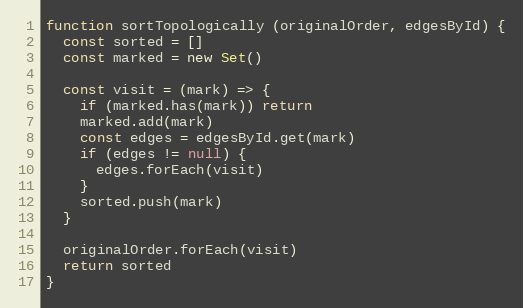
Language: JavaScript
function sortTopologically (originalOrder, edgesById) {
  const sorted = []
  const marked = new Set()

  const visit = (mark) => {
    if (marked.has(mark)) return
    marked.add(mark)
    const edges = edgesById.get(mark)
    if (edges != null) {
      edges.forEach(visit)
    }
    sorted.push(mark)
  }

  originalOrder.forEach(visit)
  return sorted
}